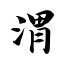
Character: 渭